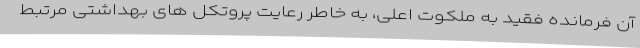
آن فرمانده فقید به ملکوت اعلی، به خاطر رعایت پروتکل های بهداشتی مرتبط